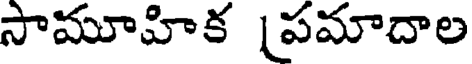
సామూహిక [పమాదాల